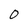
Character: 0